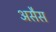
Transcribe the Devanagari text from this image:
असैस